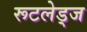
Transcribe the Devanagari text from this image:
रूटलेड्ज